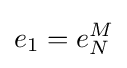
e_{1}=e_{N}^{M}